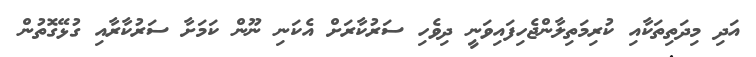
އަދި މިދަތިތަކާއި ކުރިމަތިލާންޖެހިފައިވަނީ ދިވެހި ސަރުކާރަށް އެކަނި ނޫން ކަމަށާ ސަރުކާރާއި ގުޅޭގޮތުން